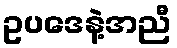
ဥပဒေနဲ့အညီ